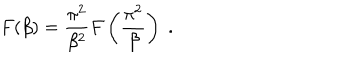
LaTeX: F ( \beta ) = \frac { \pi ^ { 2 } } { \beta ^ { 2 } } F \left( \frac { \pi ^ { 2 } } { \beta } \right) \; .